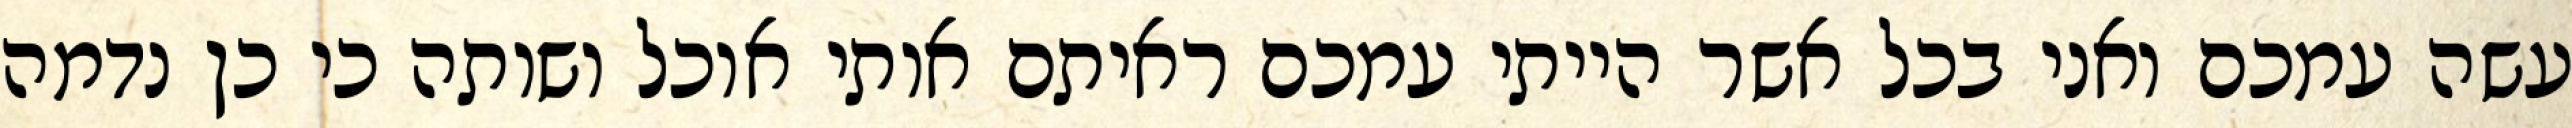
עשה עמכם ואני בכל אשר הייתי עמכם ראיתם אותי אוכל ושותה כי כן נדמה